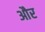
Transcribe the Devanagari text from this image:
और